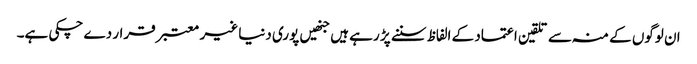
ان لوگوں کے منہ سے تلقین اعتماد کے الفاظ سننے پڑ رہے ہیں جنھیں پوری دنیا غیر معتبر قرار دے چکی ہے۔